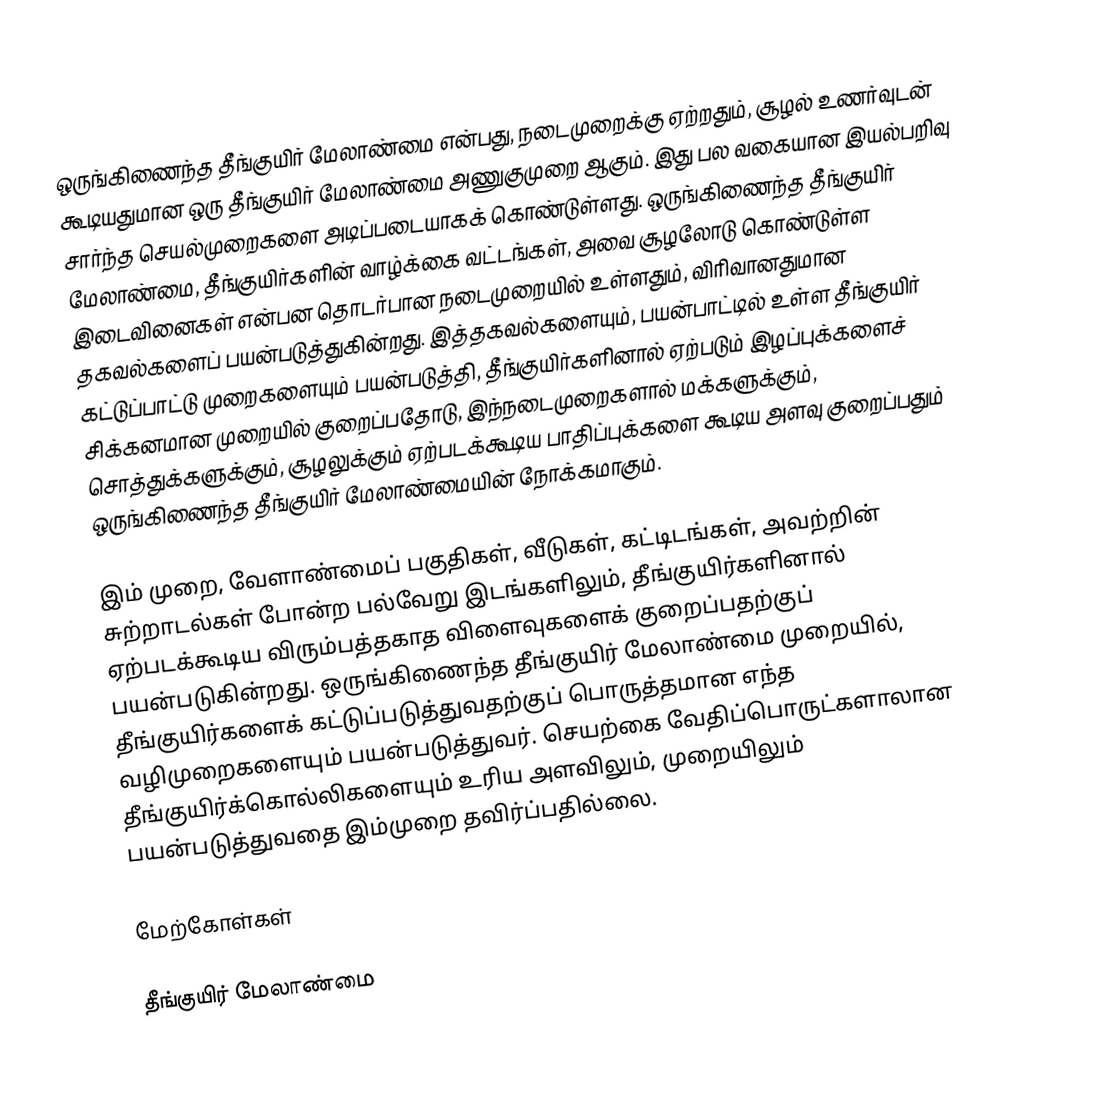
ஒருங்கிணைந்த தீங்குயிர் மேலாண்மை என்பது, நடைமுறைக்கு ஏற்றதும், சூழல் உணர்வுடன் கூடியதுமான ஒரு தீங்குயிர் மேலாண்மை அணுகுமுறை ஆகும். இது பல வகையான இயல்பறிவு சார்ந்த செயல்முறைகளை அடிப்படையாகக் கொண்டுள்ளது. ஒருங்கிணைந்த தீங்குயிர் மேலாண்மை, தீங்குயிர்களின் வாழ்க்கை வட்டங்கள், அவை சூழலோடு கொண்டுள்ள இடைவினைகள் என்பன தொடர்பான நடைமுறையில் உள்ளதும், விரிவானதுமான தகவல்களைப் பயன்படுத்துகின்றது. இத்தகவல்களையும், பயன்பாட்டில் உள்ள தீங்குயிர் கட்டுப்பாட்டு முறைகளையும் பயன்படுத்தி, தீங்குயிர்களினால் ஏற்படும் இழப்புக்களைச் சிக்கனமான முறையில் குறைப்பதோடு, இந்நடைமுறைகளால் மக்களுக்கும், சொத்துக்களுக்கும், சூழலுக்கும் ஏற்படக்கூடிய பாதிப்புக்களை கூடிய அளவு குறைப்பதும் ஒருங்கிணைந்த தீங்குயிர் மேலாண்மையின் நோக்கமாகும்.

இம் முறை, வேளாண்மைப் பகுதிகள், வீடுகள், கட்டிடங்கள், அவற்றின் சுற்றாடல்கள் போன்ற பல்வேறு இடங்களிலும், தீங்குயிர்களினால் ஏற்படக்கூடிய விரும்பத்தகாத விளைவுகளைக் குறைப்பதற்குப் பயன்படுகின்றது. ஒருங்கிணைந்த தீங்குயிர் மேலாண்மை முறையில், தீங்குயிர்களைக் கட்டுப்படுத்துவதற்குப் பொருத்தமான எந்த வழிமுறைகளையும் பயன்படுத்துவர். செயற்கை வேதிப்பொருட்களாலான தீங்குயிர்க்கொல்லிகளையும் உரிய அளவிலும், முறையிலும் பயன்படுத்துவதை இம்முறை தவிர்ப்பதில்லை.

மேற்கோள்கள்

தீங்குயிர் மேலாண்மை